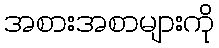
အစားအစာများကို